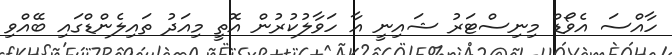
ހާއްސަ އެވޯޑް މިނިސްޓަރު ޝައިނީ އާ ހަވާލުކުރުން އޮތީ މިއަދު ތައިލެންޑްގައި ބޭއްވި